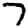
Digit: 7